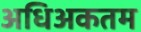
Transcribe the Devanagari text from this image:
अधिअकतम